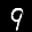
Label: 9